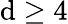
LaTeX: \mathrm{d}\geq4